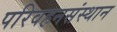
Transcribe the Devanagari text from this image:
परिवहनसंस्थान